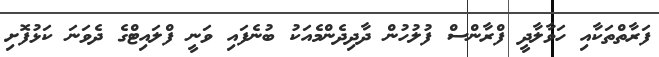
ފަރާތްތަކާއި ހަވާލާދީ ފްރާންސް ފުލުހުން ދާދިދެންމެއަކު ބުނެފައި ވަނީ ފްލައިޓްގެ ދެވަނަ ކަޅުފޮށި